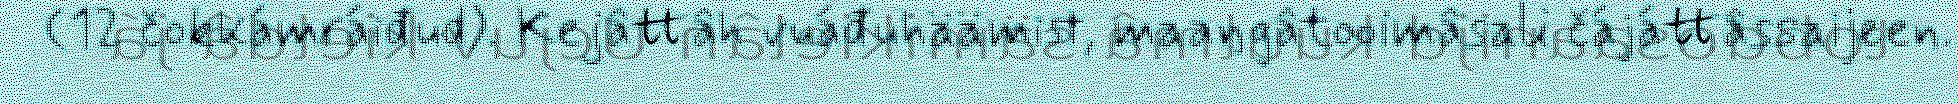
(12 čokkámráiđud). Kejâttâh vuáđuhäämist, maaŋgâtooimâsali čájáttâssaijeen.